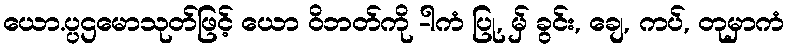
ယော.ပ္ပဌမောသုတ်ဖြင့် ယော ဝိဘတ်ကို -ါကံ ပြု, မ်ှ ခွင်း, ချေ, ကပ်, တုမှာကံ